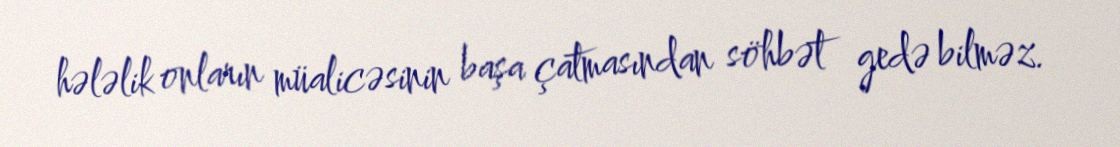
hələlik onların müalicəsinin başa çatmasından söhbət gedə bilməz.